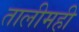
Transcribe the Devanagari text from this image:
तालीमही